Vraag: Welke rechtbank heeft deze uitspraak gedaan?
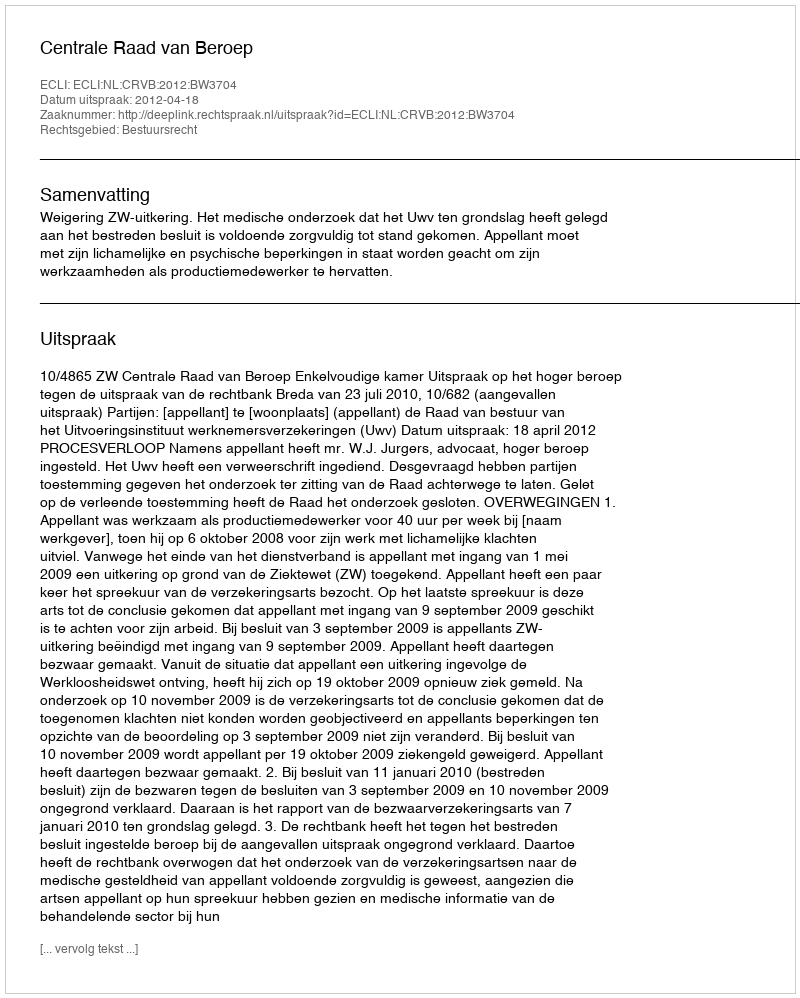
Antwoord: Centrale Raad van Beroep